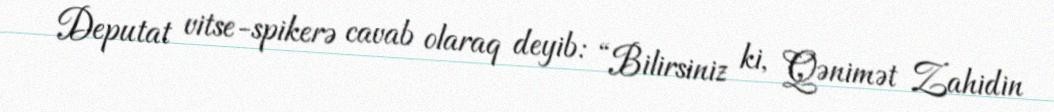
Deputat vitse-spikerə cavab olaraq deyib: “Bilirsiniz ki, Qənimət Zahidin